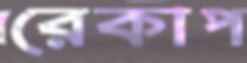
রেকাপ